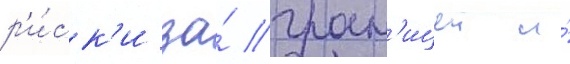
р'и́ск'и за́ гран'ицеи и́